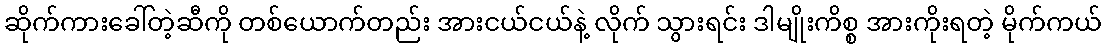
ဆိုက်ကားခေါ်တဲ့ဆီကို တစ်ယောက်တည်း အားငယ်ငယ်နဲ့ လိုက် သွားရင်း ဒါမျိုးကိစ္စ အားကိုးရတဲ့ မိုက်ကယ်